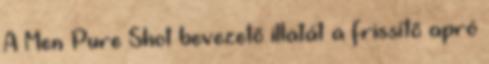
A Men Pure Shot bevezetõ illatát a frissítõ apró